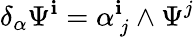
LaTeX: \delta_{\alpha}\Psi^{\mathbf{i}}=\alpha_{\ j}^{\mathbf{i}}\wedge\Psi^{j}